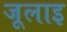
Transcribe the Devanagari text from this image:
जूलाइ